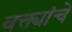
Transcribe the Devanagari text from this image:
वक्त्यांचे